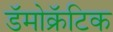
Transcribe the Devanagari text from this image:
डॅमोक्रॅटिक